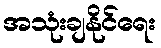
အသုံးချနိုင်ရေး